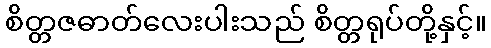
စိတ္တဇဓာတ်လေးပါးသည် စိတ္တရုပ်တို့နှင့်။